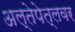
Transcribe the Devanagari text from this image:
अल्तेपेत्लवर